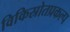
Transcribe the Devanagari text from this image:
विकिस्रोतप्रकल्प